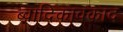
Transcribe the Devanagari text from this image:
ब्वादिकावकाद